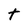
Character: t